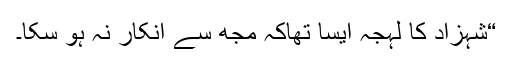
“شہزاد کا لہجہ ایسا تھاکہ مجھ سے انکار نہ ہو سکا۔